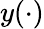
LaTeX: y(\cdot)